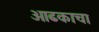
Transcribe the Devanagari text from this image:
आढकाचा